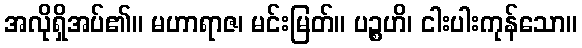
အလိုရှိအပ်၏။ မဟာရာဇ၊ မင်းမြတ်။ ပဉ္စဟိ၊ ငါးပါးကုန်သော။